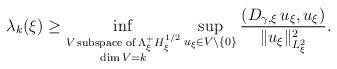
LaTeX: \begin{align*}\lambda_k(\xi)\geq \inf_{\substack{V\,\textrm{subspace of}\, \Lambda_\xi^+ H_\xi^{1/2}\\ \dim V=k}}\sup_{u_\xi\in V\setminus \{0\}}\frac{\left(D_{\gamma,\xi}\,u_\xi,u_\xi\right)}{\|u_\xi\|_{L^2_\xi}^2}.\end{align*}